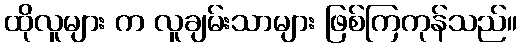
ထိုလူများ က လူချမ်းသာများ ဖြစ်ကြကုန်သည်။